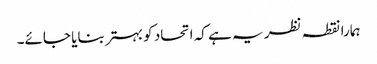
ہمارا نقطہ نظر یہ ہے کہ اتحاد کو بہتر بنایا جائے۔